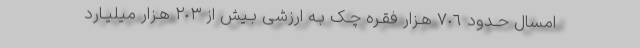
امسال حـدود ٧٠٦ هـزار فقـره چـک بـه ارزشی بـیش از ٢٠٣ هـزار میلیـارد